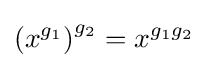
\left(x^{g_{1}}\right)^{g_{2}}=x^{g_{1}g_{2}}